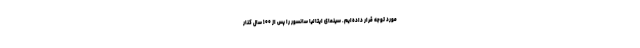
مورد توجه قرار داده‌ایم. سینمای ایتالیا سانسور را پس از ۱۰۰ سال کنار